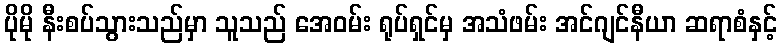
ပိုမို နီးစပ်သွားသည်မှာ သူသည် အေဝမ်း ရုပ်ရှင်မှ အသံဖမ်း အင်ဂျင်နီယာ ဆရာစံနှင့်